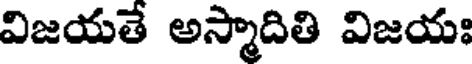
విజయతే అస్మాదితి విజయః